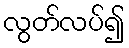
လွတ်လပ်၍